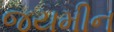
જયમીન